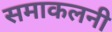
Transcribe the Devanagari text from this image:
समाकलनी